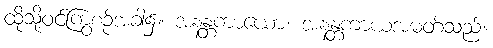
ထိုသို့ဝင်ကြွစဉ်အခါ၌။ အနန္တကာယော၊ အနန္တကာယအမတ်သည်။